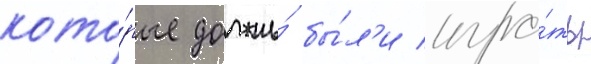
кото́рые должны́ бы́л'и игра́ть